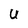
Character: U